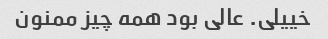
خییلی. عالی بود همه چیز ممنون